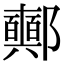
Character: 𨟛